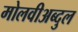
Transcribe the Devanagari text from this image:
मोलवीअब्दुल